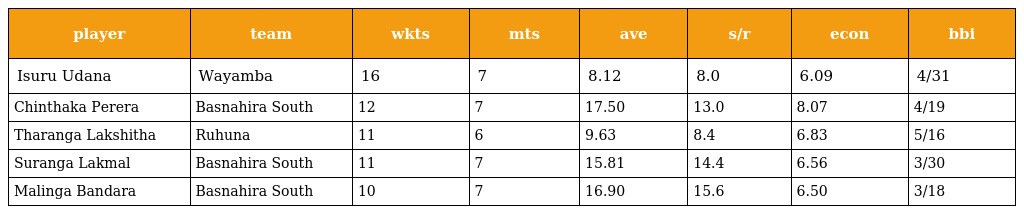
| player | team | wkts | mts | ave | s/r | econ | bbi |
 | --- | --- | --- | --- | --- | --- | --- | --- |
 | Isuru Udana | Wayamba | 16 | 7 | 8.12 | 8.0 | 6.09 | 4/31 |
 | Chinthaka Perera | Basnahira South | 12 | 7 | 17.50 | 13.0 | 8.07 | 4/19 |
 | Tharanga Lakshitha | Ruhuna | 11 | 6 | 9.63 | 8.4 | 6.83 | 5/16 |
 | Suranga Lakmal | Basnahira South | 11 | 7 | 15.81 | 14.4 | 6.56 | 3/30 |
 | Malinga Bandara | Basnahira South | 10 | 7 | 16.90 | 15.6 | 6.50 | 3/18 |